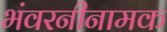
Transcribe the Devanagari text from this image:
भंवरनीनामक